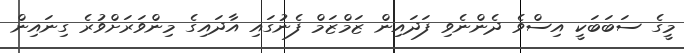
މީގެ ސަބަބަކީ އިސްވެ ދެންނެވި ފަދައިން ޒަމްޒަމް ފެނުގައި އާދައިގެ މިންވަރަށްވުރެ ގިނައިން